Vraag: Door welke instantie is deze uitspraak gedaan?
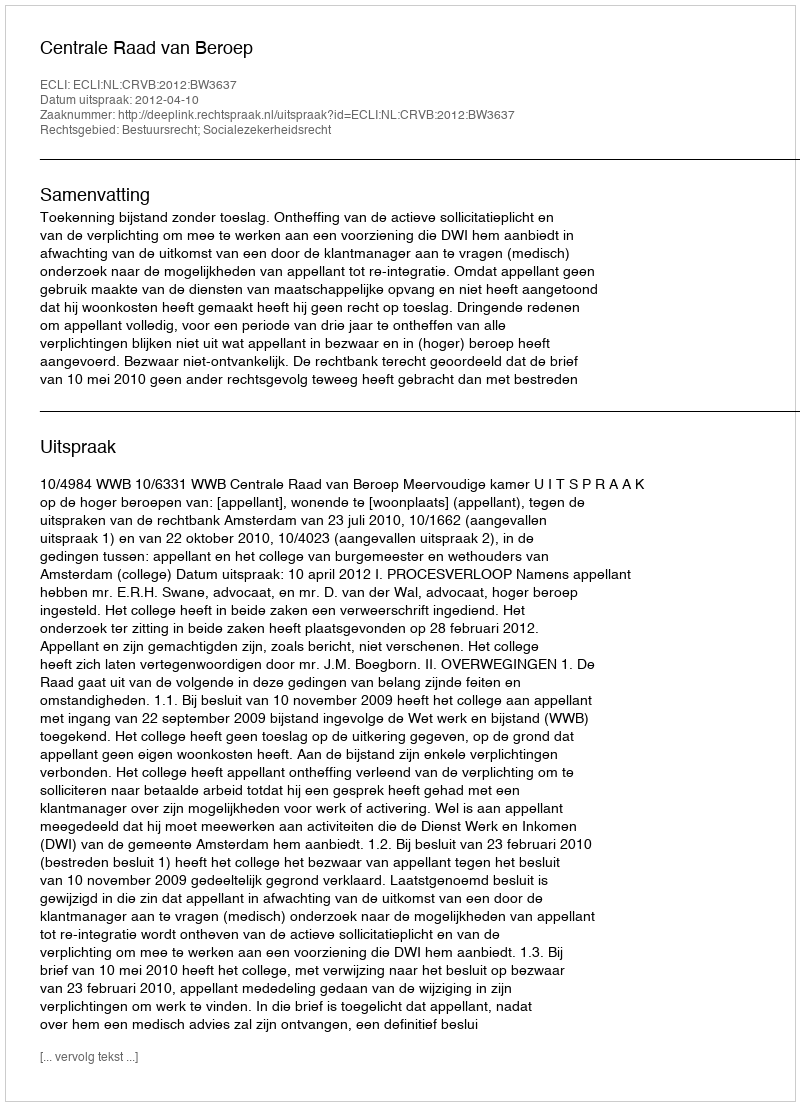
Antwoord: Centrale Raad van Beroep